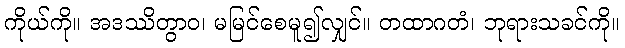
ကိုယ်ကို။ အဒဿိတွာဝ၊ မမြင်စေမူ၍လျှင်။ တထာဂတံ၊ ဘုရားသခင်ကို။